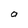
Character: a